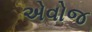
એવોજ